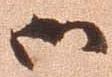
御